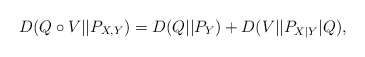
\begin{align*}D(Q\circ V||P_{X,Y}) = D(Q||P_Y) + D(V||P_{X|Y}|Q),\end{align*}